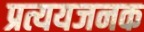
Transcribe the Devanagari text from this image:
प्रत्ययजनक